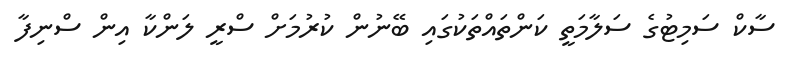
ސާކް ސަމިޓުގެ ސަލާމަތީ ކަންތައްތަކުގައި ބޭނުން ކުރުމަށް ސްރީ ލަންކާ އިން ސްނިފާ